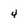
Character: 4